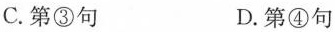
C.第③句 D.第④句